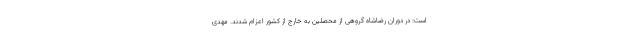
است: در دوران رضاشاه گروهی از محصلین به خارج از کشور اعزام شدند. مهدی